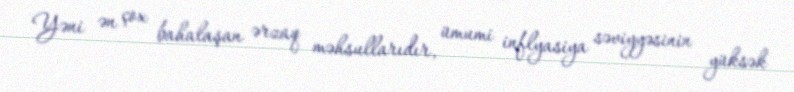
Yəni ən çox bahalaşan ərzaq məhsullarıdır, ümumi inflyasiya səviyyəsinin yüksək